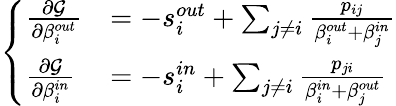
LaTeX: \left\{ \begin{array}{ll}{\frac{\partial\mathcal{G}}{\partial\beta_{i}^{out}}}&{=-s_{i}^{out}+\sum_{j\neq i}\frac{p_{ij}}{\beta_{i}^{out}+\beta_{j}^{in}}}\\ {\frac{\partial\mathcal{G}}{\partial\beta_{i}^{in}}}&{=-s_{i}^{in}+\sum_{j\neq i}\frac{p_{ji}}{\beta_{i}^{in}+\beta_{j}^{out}}}\end{array}\right.